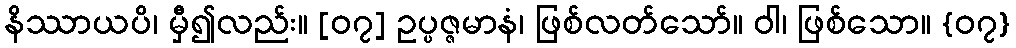
နိဿာယပိ၊ မှီ၍လည်း။ [၀၇] ဥပ္ပဇ္ဇမာနံ၊ ဖြစ်လတ်သော်။ ဝါ၊ ဖြစ်သော။ {၀၇}